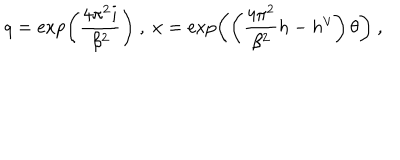
q = \exp \left( \frac { 4 \pi ^ { 2 } i } { \beta ^ { 2 } } \right) \ , \ x = \exp \left( \left( \frac { 4 \pi ^ { 2 } } { \beta ^ { 2 } } h - h ^ { \vee } \right) \theta \right) \ ,